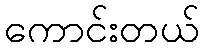
ကောင်းတယ်